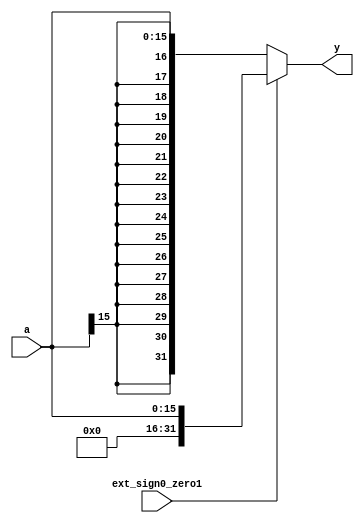
`timescale 1ns / 1ps

module ext_unit(
	input  wire        ext_sign0_zero1,
	input  wire [15:0] a,
	output wire [31:0] y
);

assign y = ext_sign0_zero1 ? {{16{1'b0}}, a} : {{16{a[15]}}, a};

endmodule